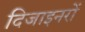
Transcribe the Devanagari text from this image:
दिजाइनरों